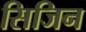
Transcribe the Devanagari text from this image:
सिजिन